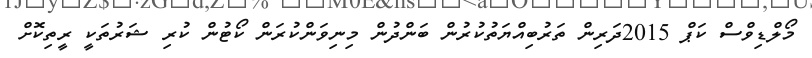
މޯލްޑިވްސް ކަޕް 2015ދަރިން ތަރުބިއްޔަތުކުރުން ބަންދުން މިނިވަންކުރަން ކޯޓުން ކުރި ޝަރުތަކީ ރީތިކޮށް